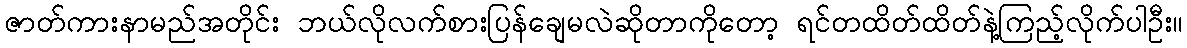
ဇာတ်ကားနာမည်အတိုင်း ဘယ်လိုလက်စားပြန်ချေမလဲဆိုတာကိုတော့ ရင်တထိတ်ထိတ်နဲ့ကြည့်လိုက်ပါဦး။